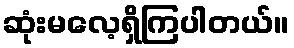
ဆုံးမလေ့ရှိကြပါတယ်။